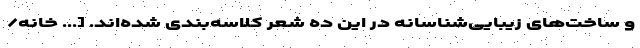
و ساخت‌های زیبایی‌شناسانه در این ده شعر کلاسه‌بندی شده‌اند. [... خانه/